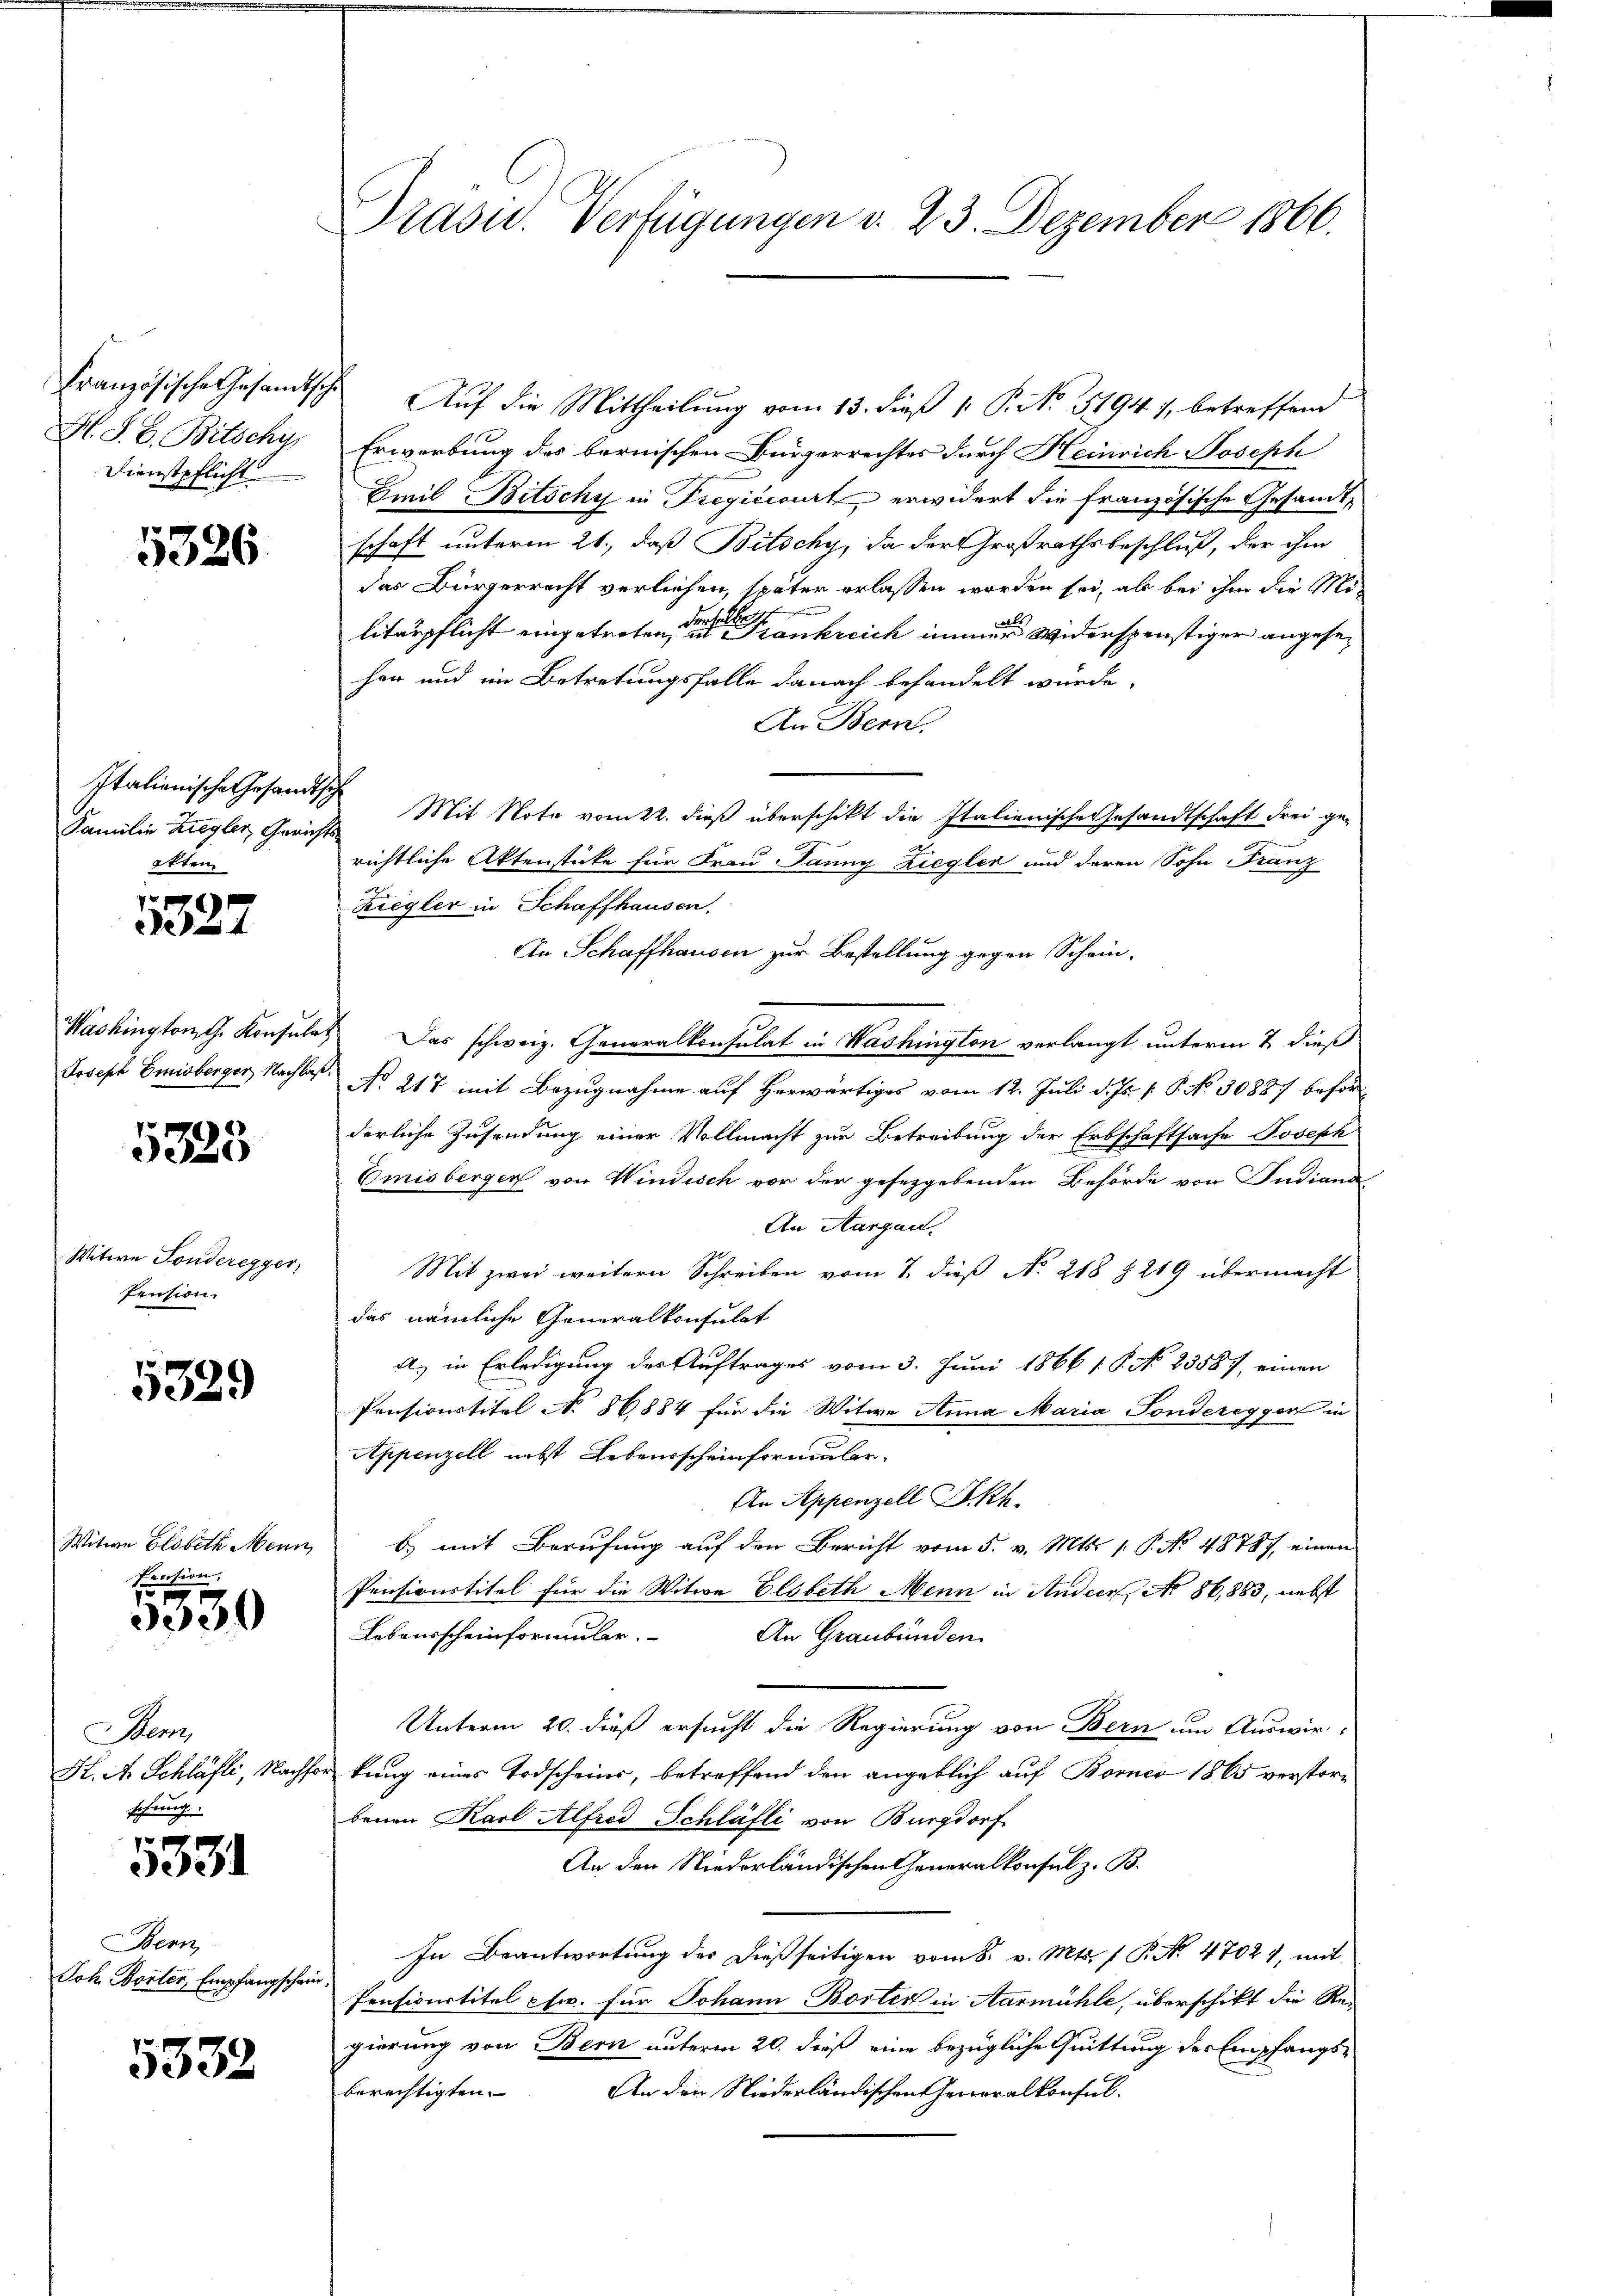
Französische Gesandtsche
H. S. B. Bitschy
Dienstpflicht

5326

Italienische Gesandtsch
Familie Ziegler, Gerichtsötter

1327

Joseph Emisberger, Nachlaß.

5325

Witwe Fonderegger,
Pension.

5329

Witwe Elsbeth Mein
Pension;

s
3000

Bern,
K. A. Schläfli, Nachfo
schung.

3931

Bern,
Joh. Porter, Empfangschen

5332

Präsid. Verfügungen v. 23. Dezember 1866.

Auf die Mittheilung vom 13. dieß 1 P. No 5194), betreffend
Erwerbung des bernischen Bürgerrechtes durch Heinrich Joseph
Emil Bitschy in Fregiccourt erwidert die französische Gesandtschaft unterm 21., daß Bitschy, da der Großrathsbeschluß, der ihm
das Bürgerrecht verliehen, später erlassen worden sei, als bei ihm die Mil
litärpflicht eingetreten, diese Frankreich immer Widerspenstiger angesehen und im Betretungsfalle danach behandelt wurde,
An Bern.
Mit Note vom 22. dieß überschikt die Italienische Gesandtschaft drei gerichtliche Aktenstücke für Frau Jaung. Ziegler und deren Sohn Franz
Ziegler in Schaffhausen.
An Schaffhausen zur Bestellung gegen Schein-
Washingtont. Konsulat Das schweiz. Generalkonsulat in Washington verlangt unterm 2 dieß
No 217 mit Bezugnahme auf Herwärtiges vom 12. Juli d. Js. f. P. No 3088/ beförderliche Zusendung einer Vollmacht zur Betreibung der Erbschaftsache Joseph
Emisberger von Windisch vor der gesezgebenden Behörde von Judiand
An Aargau.
Mit zwei weitern Schreiben vom 7. dieß No. 218 § 219 übermacht
das nämliche Generalkonsulat
A.) in Erledigung des Auftrages vom 3. Juni 1866 [ P. No 23887, einen
Pensionstitel No 86884 für die Witwe Anna Maria Sonderegger in
Appenzell nebst Lebensscheinformular-
An Appenzell Akh.
b) mit Berufung auf den Bericht vom 5. v. Mts. 1. P. No. 48787, einen
Pensionstitel für die Witwe Elsbeth Mein in Ander No 86,883, nebst
Lebensscheinformuler.
An Graubünden
Unterm 20. dieß ersucht die Regierung von Bern um Auswir-
orkung eines Todscheins, betreffend den angeblich auf Borner 1865 verstorbenen Karl Alfred Schläfli von Burgdorf
An den Niederländischen Generalkonsul z. B.
In Beantwortung des dießseitigen vom 8. v. Mts. 1 P. No. 4702), mit
Pensionstitel pfw. für Johann Borten in Aarmühle, überschikt die Re-
gierung von Bern unterm 20. dieß eine bezügliche Quittung der Empfangsberechtigten. An den Niederländischen Generalkonsul-